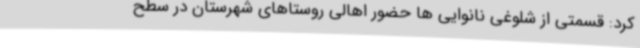
کرد: قسمتی از شلوغی نانوایی ها حضور اهالی روستاهای شهرستان در سطح